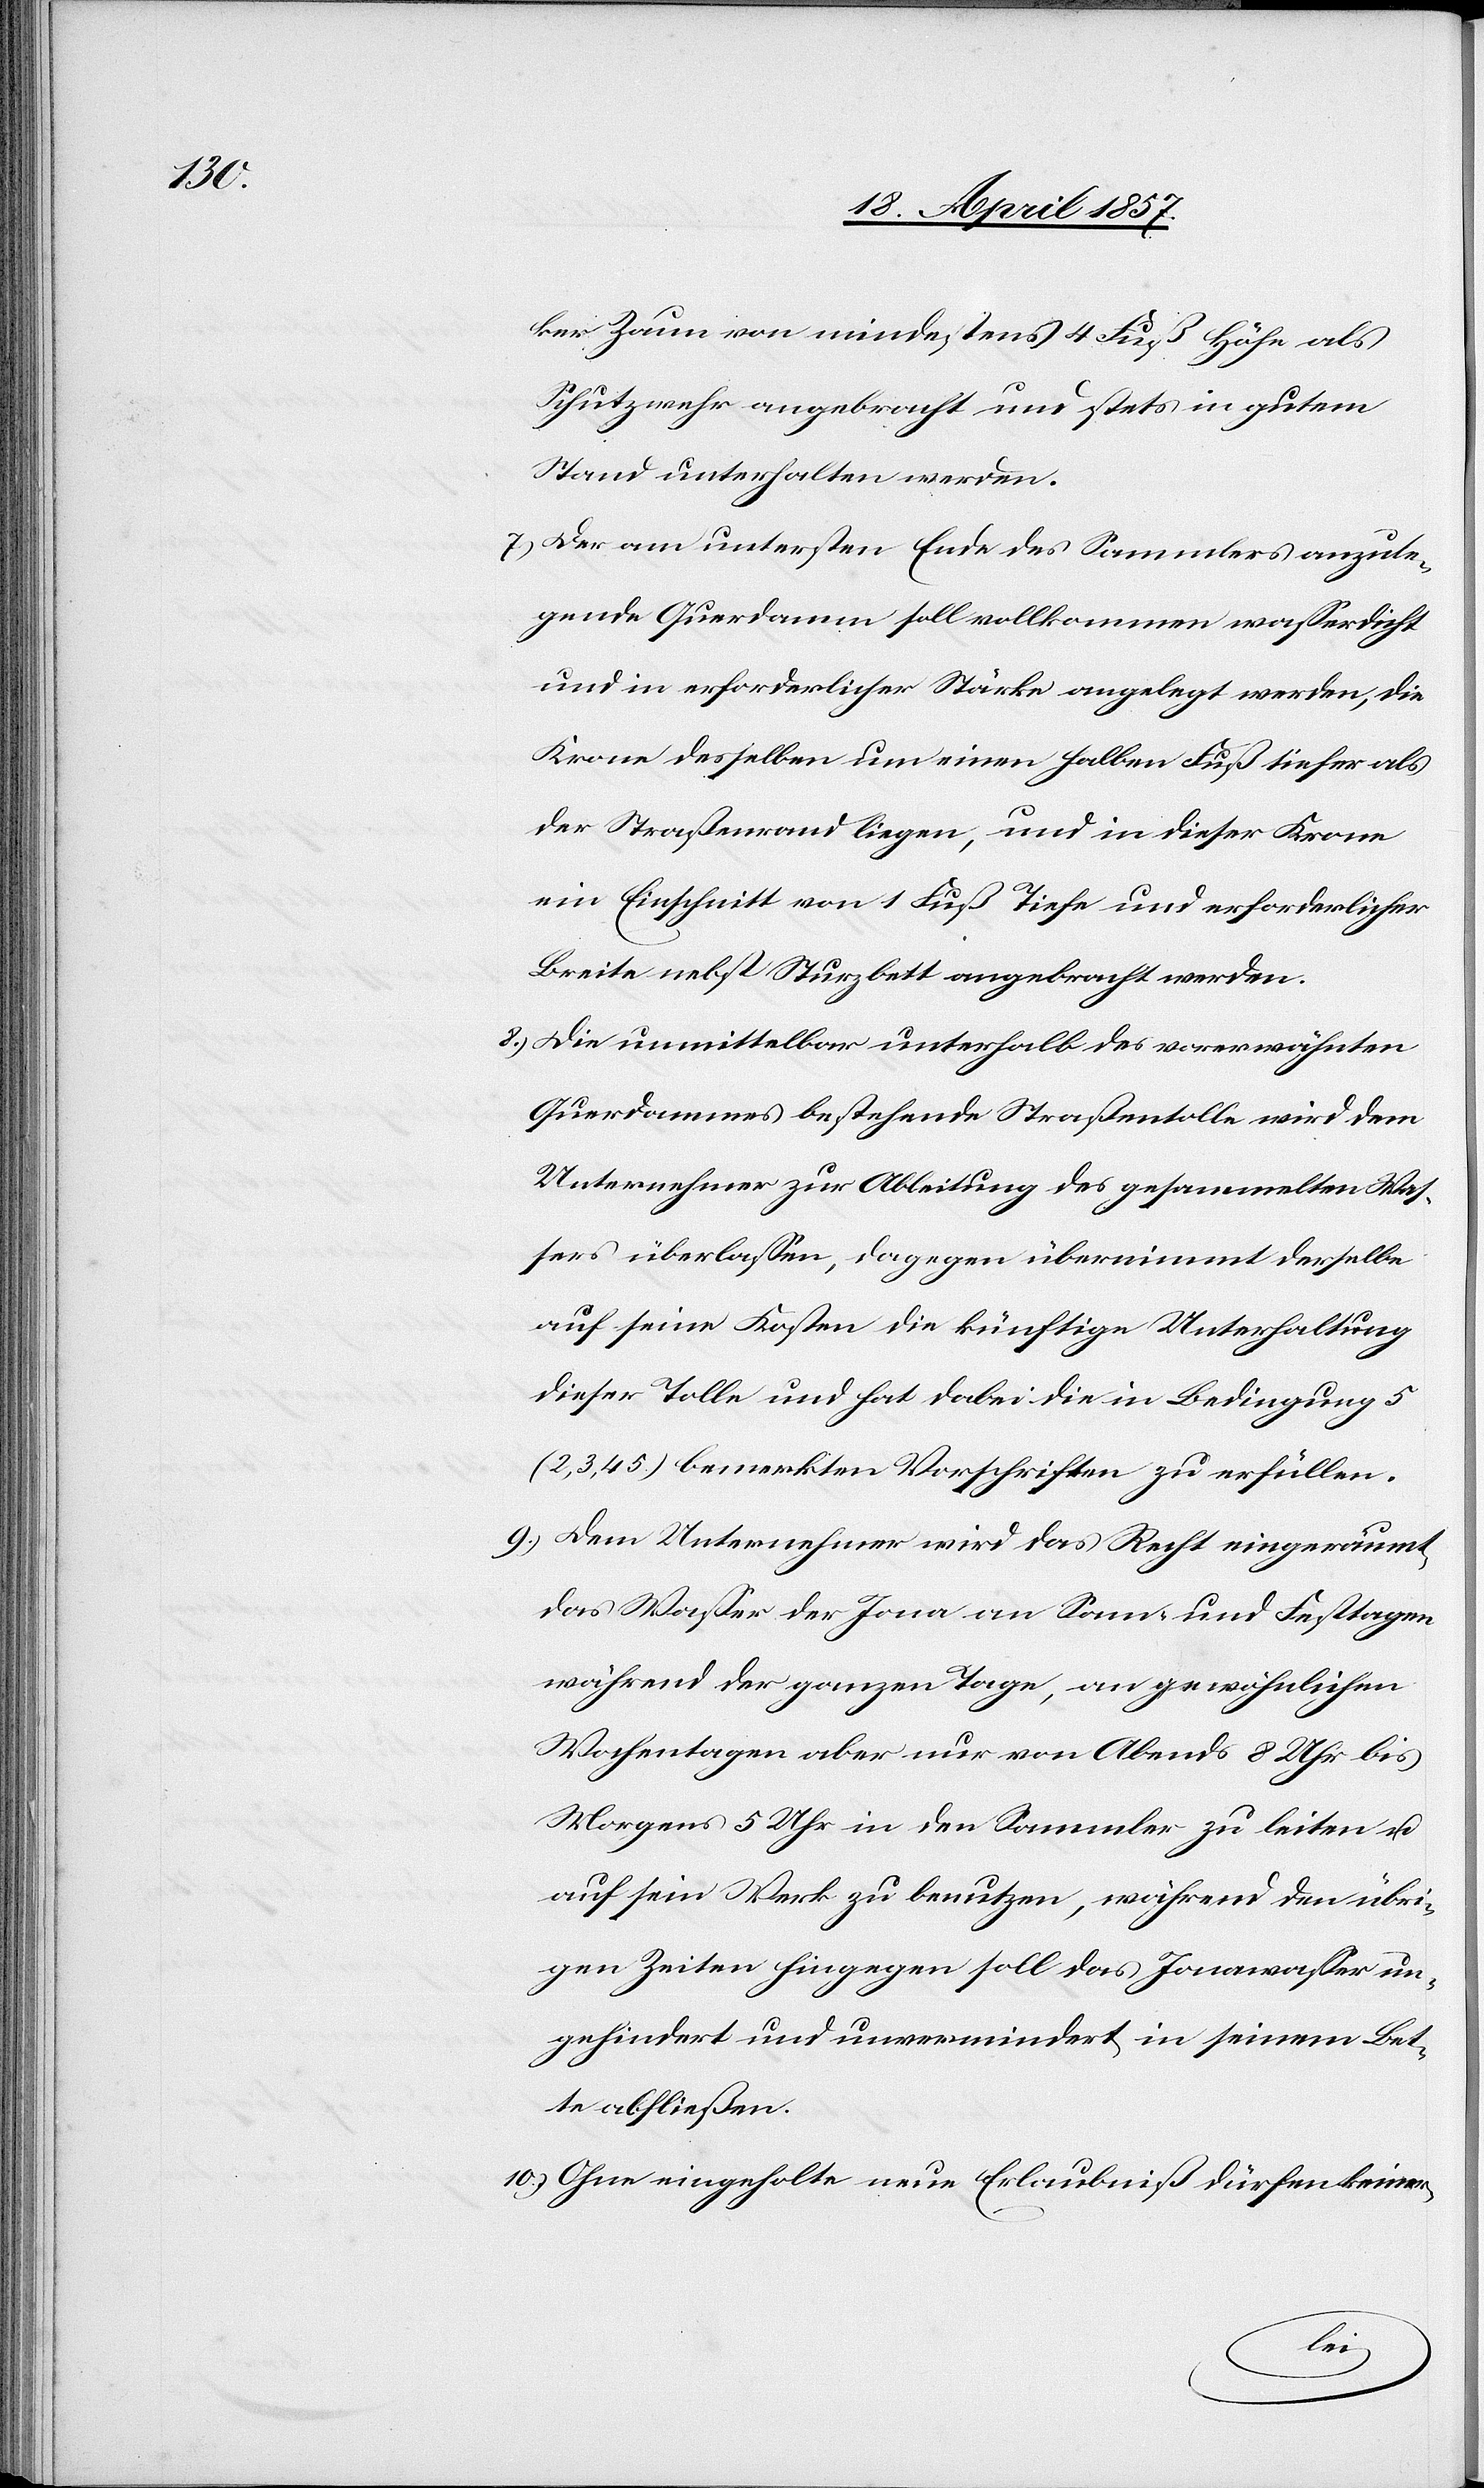
ker Zaun von mindestens 4 Fuß Höhe als
Schutzwehr angebracht und stets in gutem
Stand unterhalten werden.
7.) Der am untersten Ende des Sammlers anzule¬
gende Querdamm soll vollkommen wasserdicht
und in erforderlicher Stärke angelegt werden, die
Krone desselben um einen halben Fuß tiefer als
der Straßenrand liegen, und in dieser Krone
ein Einschnitt von 1 Fuß Tiefe und erforderlicher
Breite nebst Sturzbett angebracht werden.
8.) Die unmittelbar unterhalb des vorerwähnten
Querdammes bestehende Straßentolle wird dem
Unternehmer zur Ableitung des gesammelten Was¬
sers überlassen, dagegen übernimmt derselbe
auf seine Kosten die künftige Unterhaltung
dieser Tolle und hat dabei die in Bedingung 5
(2, 3, 4[,] 5.) bemerkten Vorschriften zu erfüllen.
9.) Dem Unternehmer wird das Recht eingeräumt,
das Wasser der Jona an Sonn- und Festtagen
während der ganzen Tage, an gewöhnlichen
Wochentagen aber nur von Abends 8 Uhr bis
Morgens 5 Uhr in den Sammler zu leiten u.
auf sein Werk zu benutzen, während den übri¬
gen Zeiten hingegen soll das Jonawasser un¬
gehindert und unvermindert in seinem Bet¬
te abfließen.
10.) Ohne eingeholte neue Erlaubniß dürfen keiner-